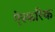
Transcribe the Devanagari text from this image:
ऐस्फरिक